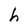
Character: h